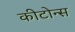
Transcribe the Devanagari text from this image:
कीटोन्स